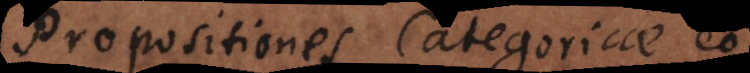
Propositiones Categoricae eo